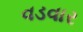
વડવાર